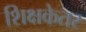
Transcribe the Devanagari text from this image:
शिक्षकेतर